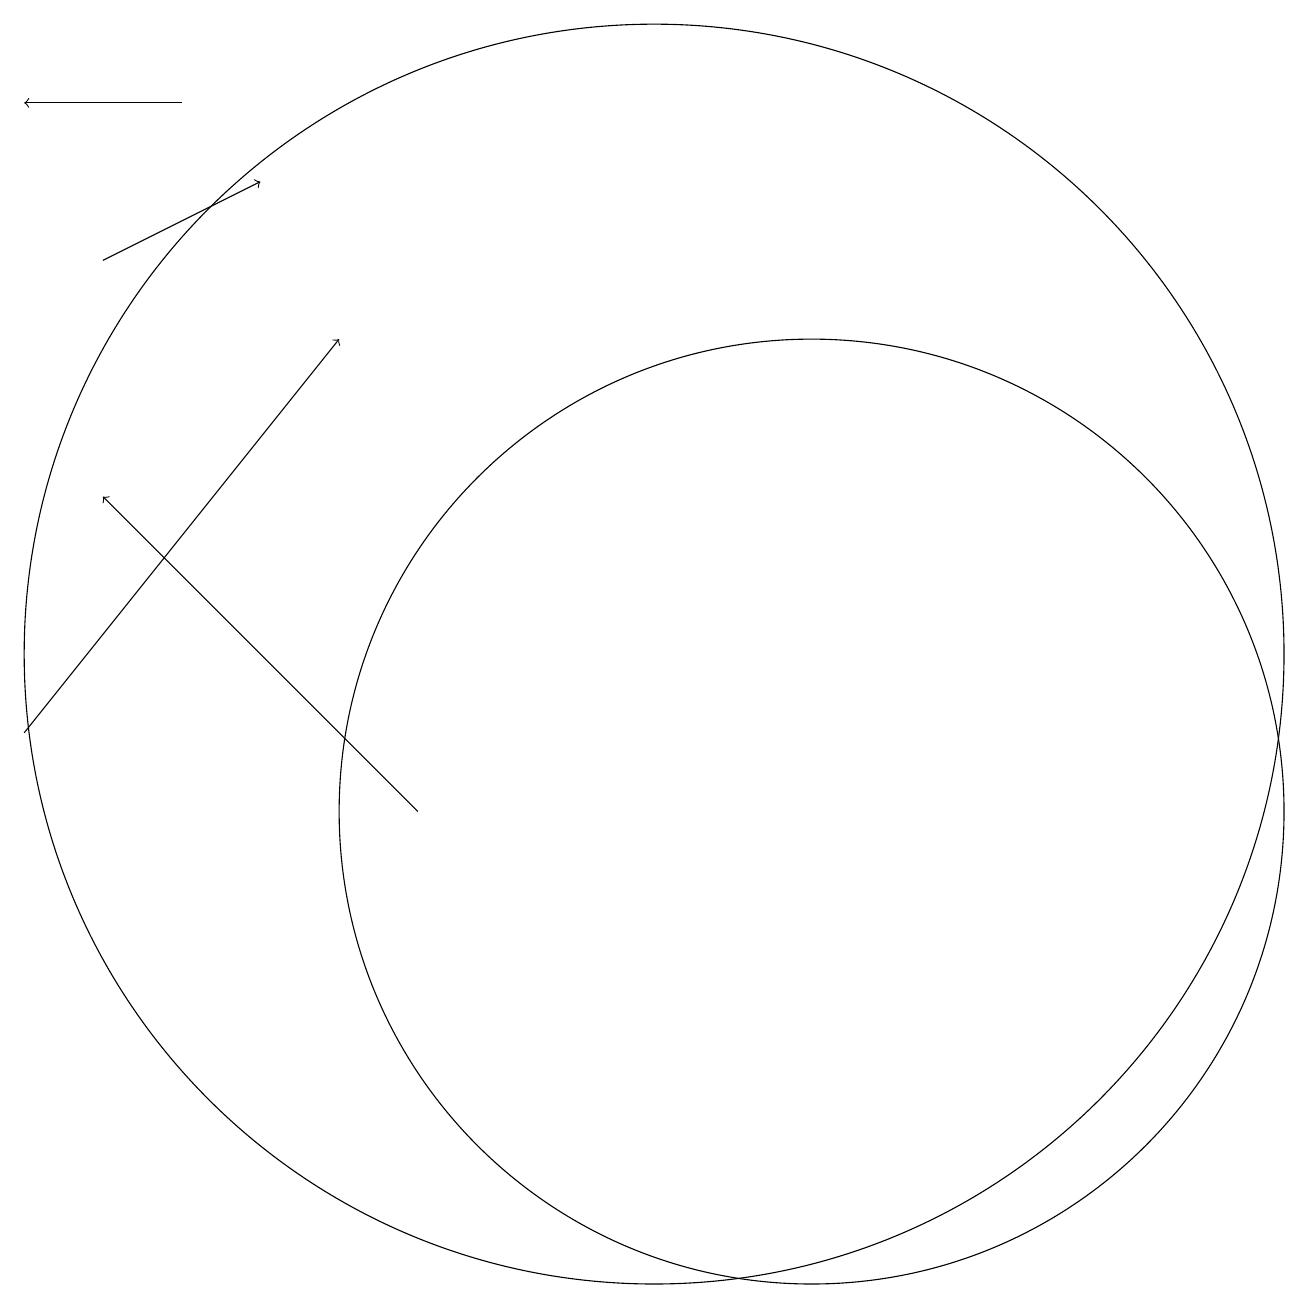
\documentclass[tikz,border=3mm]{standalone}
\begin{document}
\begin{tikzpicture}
\draw[->] (4,19) -- (2,19);
\draw (12,10) circle (6);
\draw (10,12) circle (8);
\draw[->] (2,11) -- (6,16);
\draw[->] (7,10) -- (3,14);
\draw[->] (3,17) -- (5,18);
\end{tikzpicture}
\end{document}